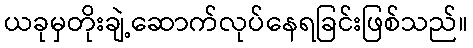
ယခုမှတိုးချဲ့ဆောက်လုပ်နေရခြင်းဖြစ်သည်။